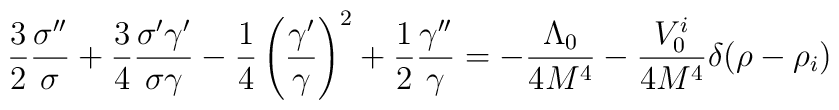
{3 \over 2}{\sigma'' \over \sigma}+{3 \over 4}{\sigma'\gamma' \over\sigma \gamma}-{1 \over 4}\left({\gamma' \over \gamma}\right)^2+{1\over 2}{\gamma'' \over \gamma}=-{\Lambda_0 \over 4M^4}-{V^i_0 \over 4M^4}\delta(\rho-\rho_i)